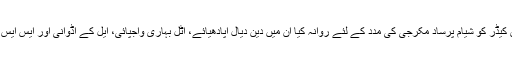
آر ایس ایس نے جس کیڈر کو شیام پرساد مکرجی کی مدد کے لئے روانہ کیا ان میں دین دیال اپادھیائے، اٹل بہاری واجپائی، ایل کے اڈوانی اور ایس ایس بھنڈاری شامل تھے۔